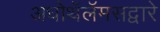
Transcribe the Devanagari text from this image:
अधोथॅलॅमसद्वारे